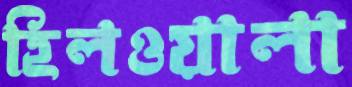
হিলওয়ালা